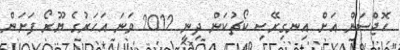
ހޮޖްސަން އަށް އިނގިރޭސި ކޯޗުކަން ދިނީ 2012 ވަނަ އަހަރުގެ ޔޫރޯ ފަށަން